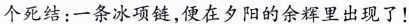
个死结：一条冰项链，便在夕阳的余辉里出现了！